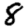
Digit: 8